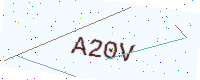
Text: A20V